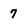
Character: 7